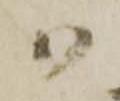
日